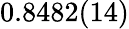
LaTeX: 0.8482(14)